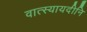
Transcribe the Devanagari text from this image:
वात्स्यायदीनि